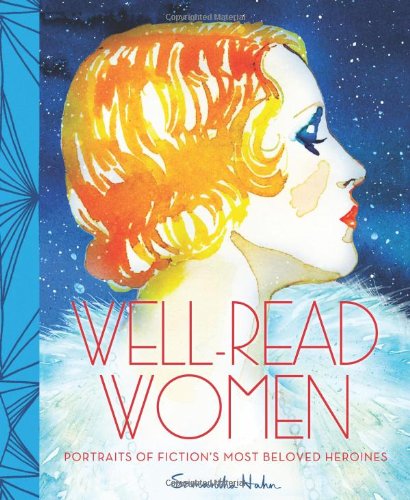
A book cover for Well-Read Women: Portraits of Fiction's Most Beloved Heroines; Samantha Hahn; Arts & Photography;